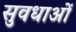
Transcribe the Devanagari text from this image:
सुवधाओं